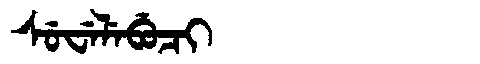
Manchu: ᠰᡠᠸᡝᠯᡝᠪᡠᠴᡳ
Romanization: SUWELEBUCI